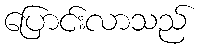
ပြောင်းလာသည်